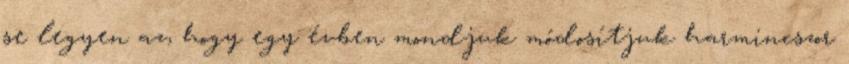
se legyen az, hogy egy évben mondjuk módosítjuk harmincszor